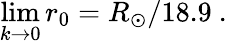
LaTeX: \operatorname*{lim}_{k\to 0}r_{0}=R_{\odot}/18.9\ .